Lunatic asylums Madras 1877-1891 - 1877-1891
Year: 1877
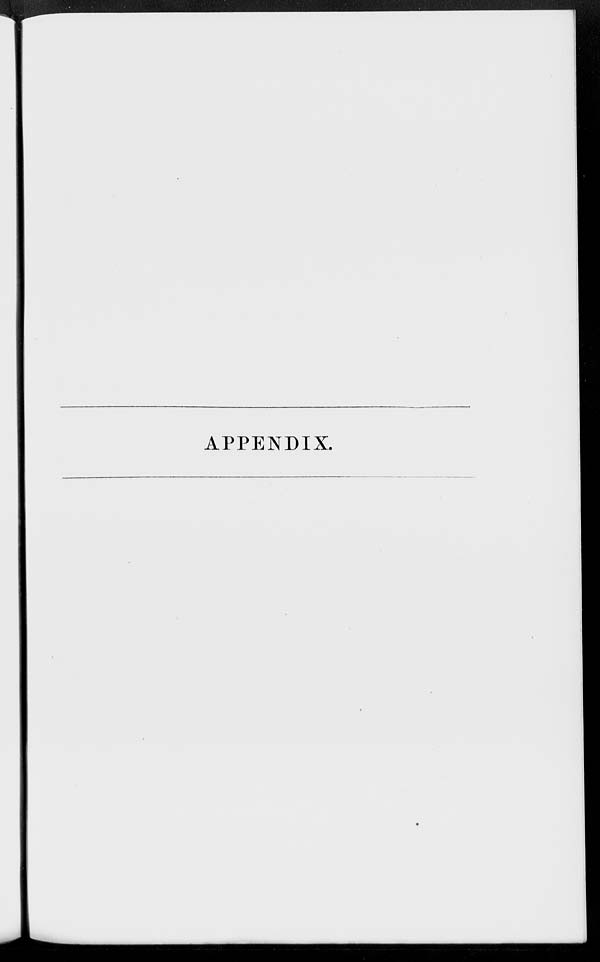
APPENDIX.